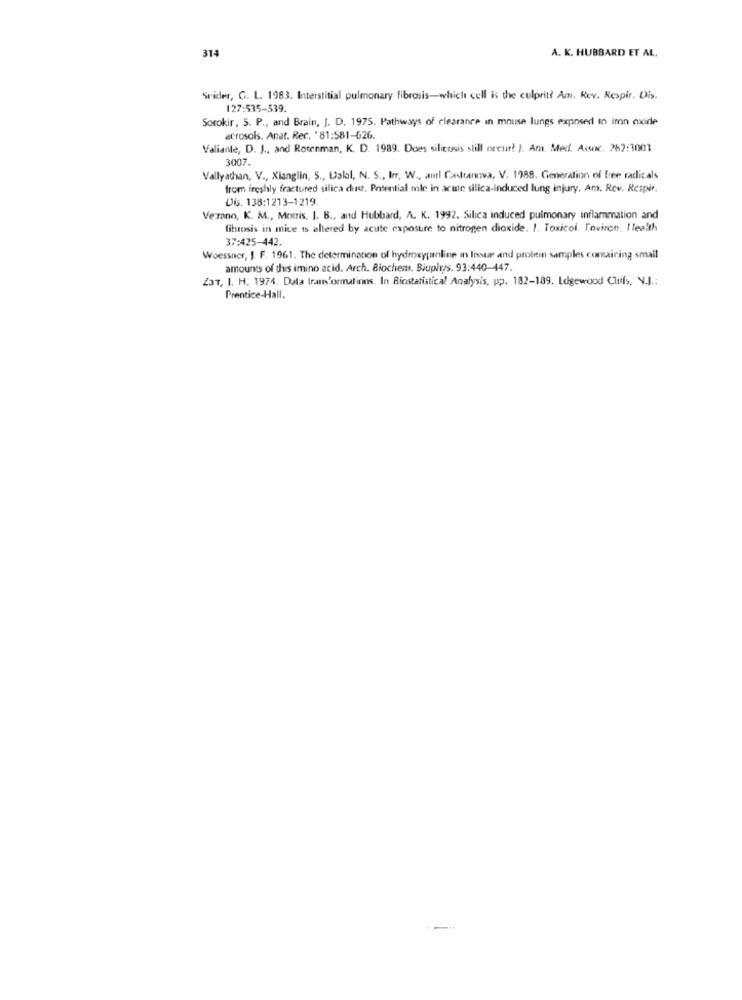
314
A. K. HUBBARD ET AL.
Srider, G. L. 1983. Interstitial pulmonary fibrosis-which cell is the culprit? Am. Rev. Respir. Dis.
127:535-539.
Sorokir, 5. P ., and Brain, J. D. 1975. Pathways of clearance in mouse lungs exposed to inon oxidle
acrosois. Anat. Rec. "81:581-626.
Valiante, D. J ., and Rosenman, K. D. 1989. Does silicosis still occur? ). Am. Med. Assoc. 262:1001
3007.
Vallyathan, V ., Xianglin, S ., Uslol, N. S ., Irr, W ., autl Carranova, V. 1988. Generation of free radicals
from freshly fractured silica du. Potential mle in acute silica-induced lung injury. Ama. Rev. Respir.
Dis. 138:1213-1219
Verano, K. M ., Morris, J. B ., and Hubbard, A. K. 1992. Silica induced pulmonary inflammation and
fibrosis in mice ts altered by acute exposure to nitrogen dioxide. 1. Toxicol, Environ, Ilealth
37:425-442.
Woessner, J. F. 1961. The determination of hydroxyproline an lissur and protein samples containing small
amounts of this imino acid. Arch. Biochem. Bioply/s. 93:440-447.
LaT, I. H. 1974. Data transformations. In Biostatistical Analysis, pp. 182-189. Ldigewood Cliffs, N.J .:
Prentice-Hall.